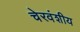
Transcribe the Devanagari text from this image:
चेरवंशीय